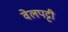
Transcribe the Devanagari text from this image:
वेलपट्टी